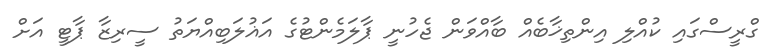
ގްރީސްގައި ކުއްލި އިންތިޚާބެއް ބާއްވަން ޖެހުނީ ޕާލަމެންޓުގެ އަޣުލަބިއްޔަތު ސީރިޒާ ޕާޓީ އަށް